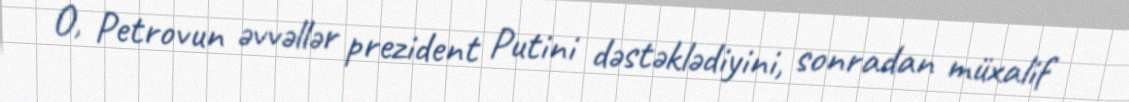
O, Petrovun əvvəllər prezident Putini dəstəklədiyini, sonradan müxalif